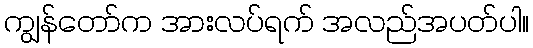
ကျွန်တော်က အားလပ်ရက် အလည်အပတ်ပါ။